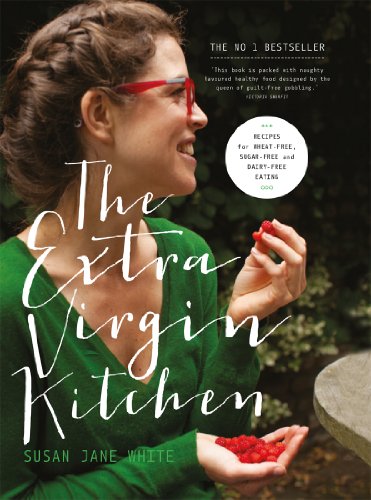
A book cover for The Extra Virgin Kitchen: Recipes for Wheat-Free, Sugar-Free and Dairy-Free Eating; Susan Jane White; Cookbooks, Food & Wine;